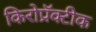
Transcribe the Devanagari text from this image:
किरोप्रॅक्टीक